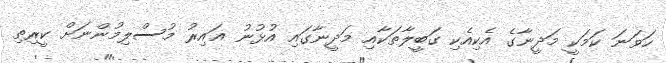
ހަވަނަ ކަމަކީ މަދީނާގެ އެކިއެކި ގަބީލާތަކާއި މަދީނާގައި އުޅުނު ޣައިރު މުސްލިމުންނަށް ކީރިތި